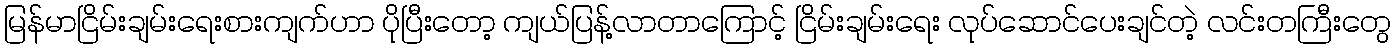
မြန်မာငြိမ်းချမ်းရေးစားကျက်ဟာ ပိုပြီးတော့ ကျယ်ပြန့်လာတာကြောင့် ငြိမ်းချမ်းရေး လုပ်ဆောင်ပေးချင်တဲ့ လင်းတကြီးတွေ